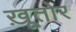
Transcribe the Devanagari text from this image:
ख़ूतोर